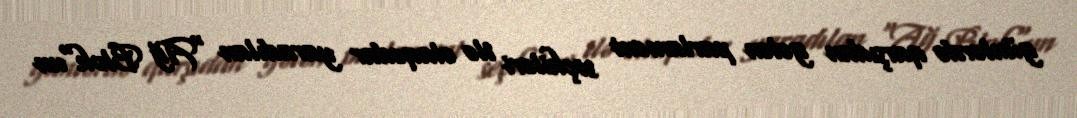
günlərdə qarşıdan gələn parlament seçkiləri ilə əlaqədar yaradılan "Ağ Blok"un